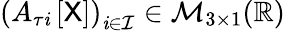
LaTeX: \left(A_{\tau\mathit{i}}\left[\mathsf{{X}}\right]\right)_{\mathit{i}\in\mathcal{{I}}}\in\mathcal{{M}}_{3\times1}(\mathbb{{R}})